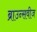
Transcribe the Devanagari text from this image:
ब्राउन्सवीज